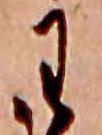
わ